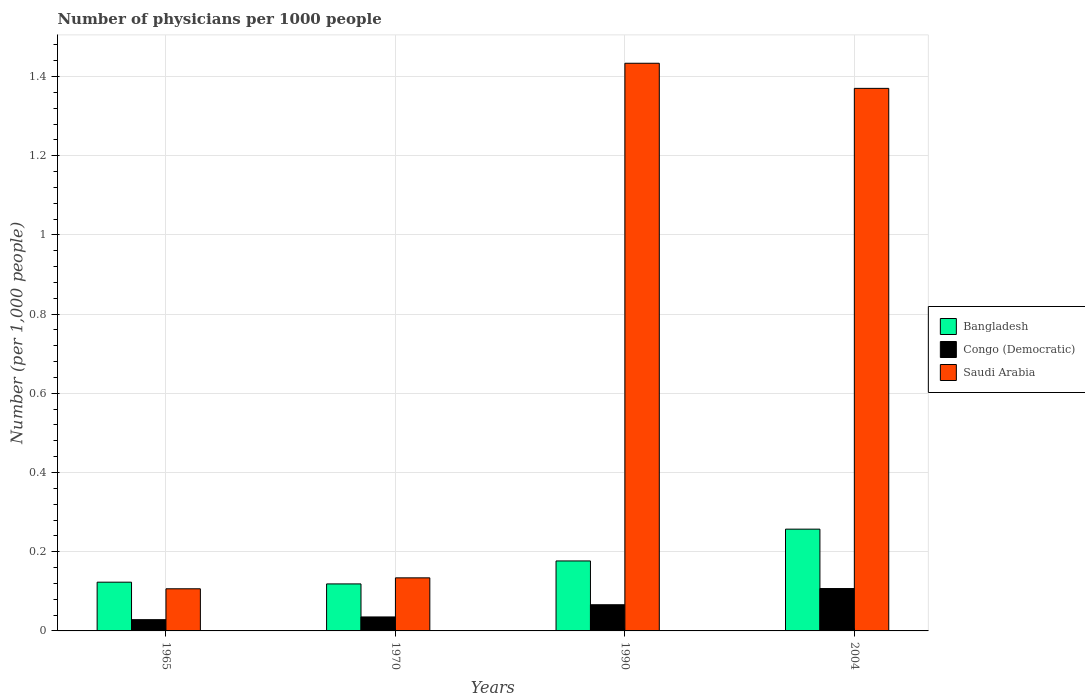
| Years | Bangladesh | Congo (Democratic) | Saudi Arabia |
 | --- | --- | --- | --- |
 | 1965 | 0.123 | 0.0284 | 0.106 |
 | 1970 | 0.119 | 0.0353 | 0.134 |
 | 1990 | 0.177 | 0.0661 | 1.43 |
 | 2004 | 0.257 | 0.107 | 1.37 |